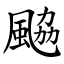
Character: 䬅